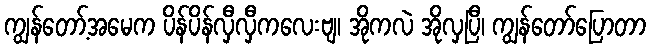
ကျွန်တော့်အမေက ပိန်ပိန်လှီလှီကလေးဗျ၊ အိုကလဲ အိုလှပြီ၊ ကျွန်တော်ပြောတာ